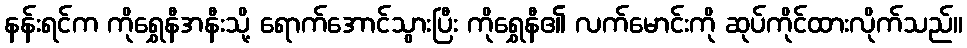
နန်းရင်က ကိုရွှေနီအနီးသို့ ရောက်အောင်သွားပြီး ကိုရွှေနီ၏ လက်မောင်းကို ဆုပ်ကိုင်ထားလိုက်သည်။